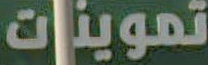
تموينات